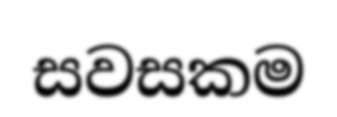
සවසකම